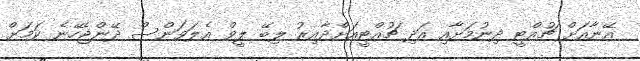
އޭނާއަށް ޗުއްޓީ ދިނުމަށާއި އަދި ޗުއްޓީއަށްދާއިރު ލިބޭ ލީވް އެލަވަންސް ދޭންޖެހޭނެ ކަމަށް